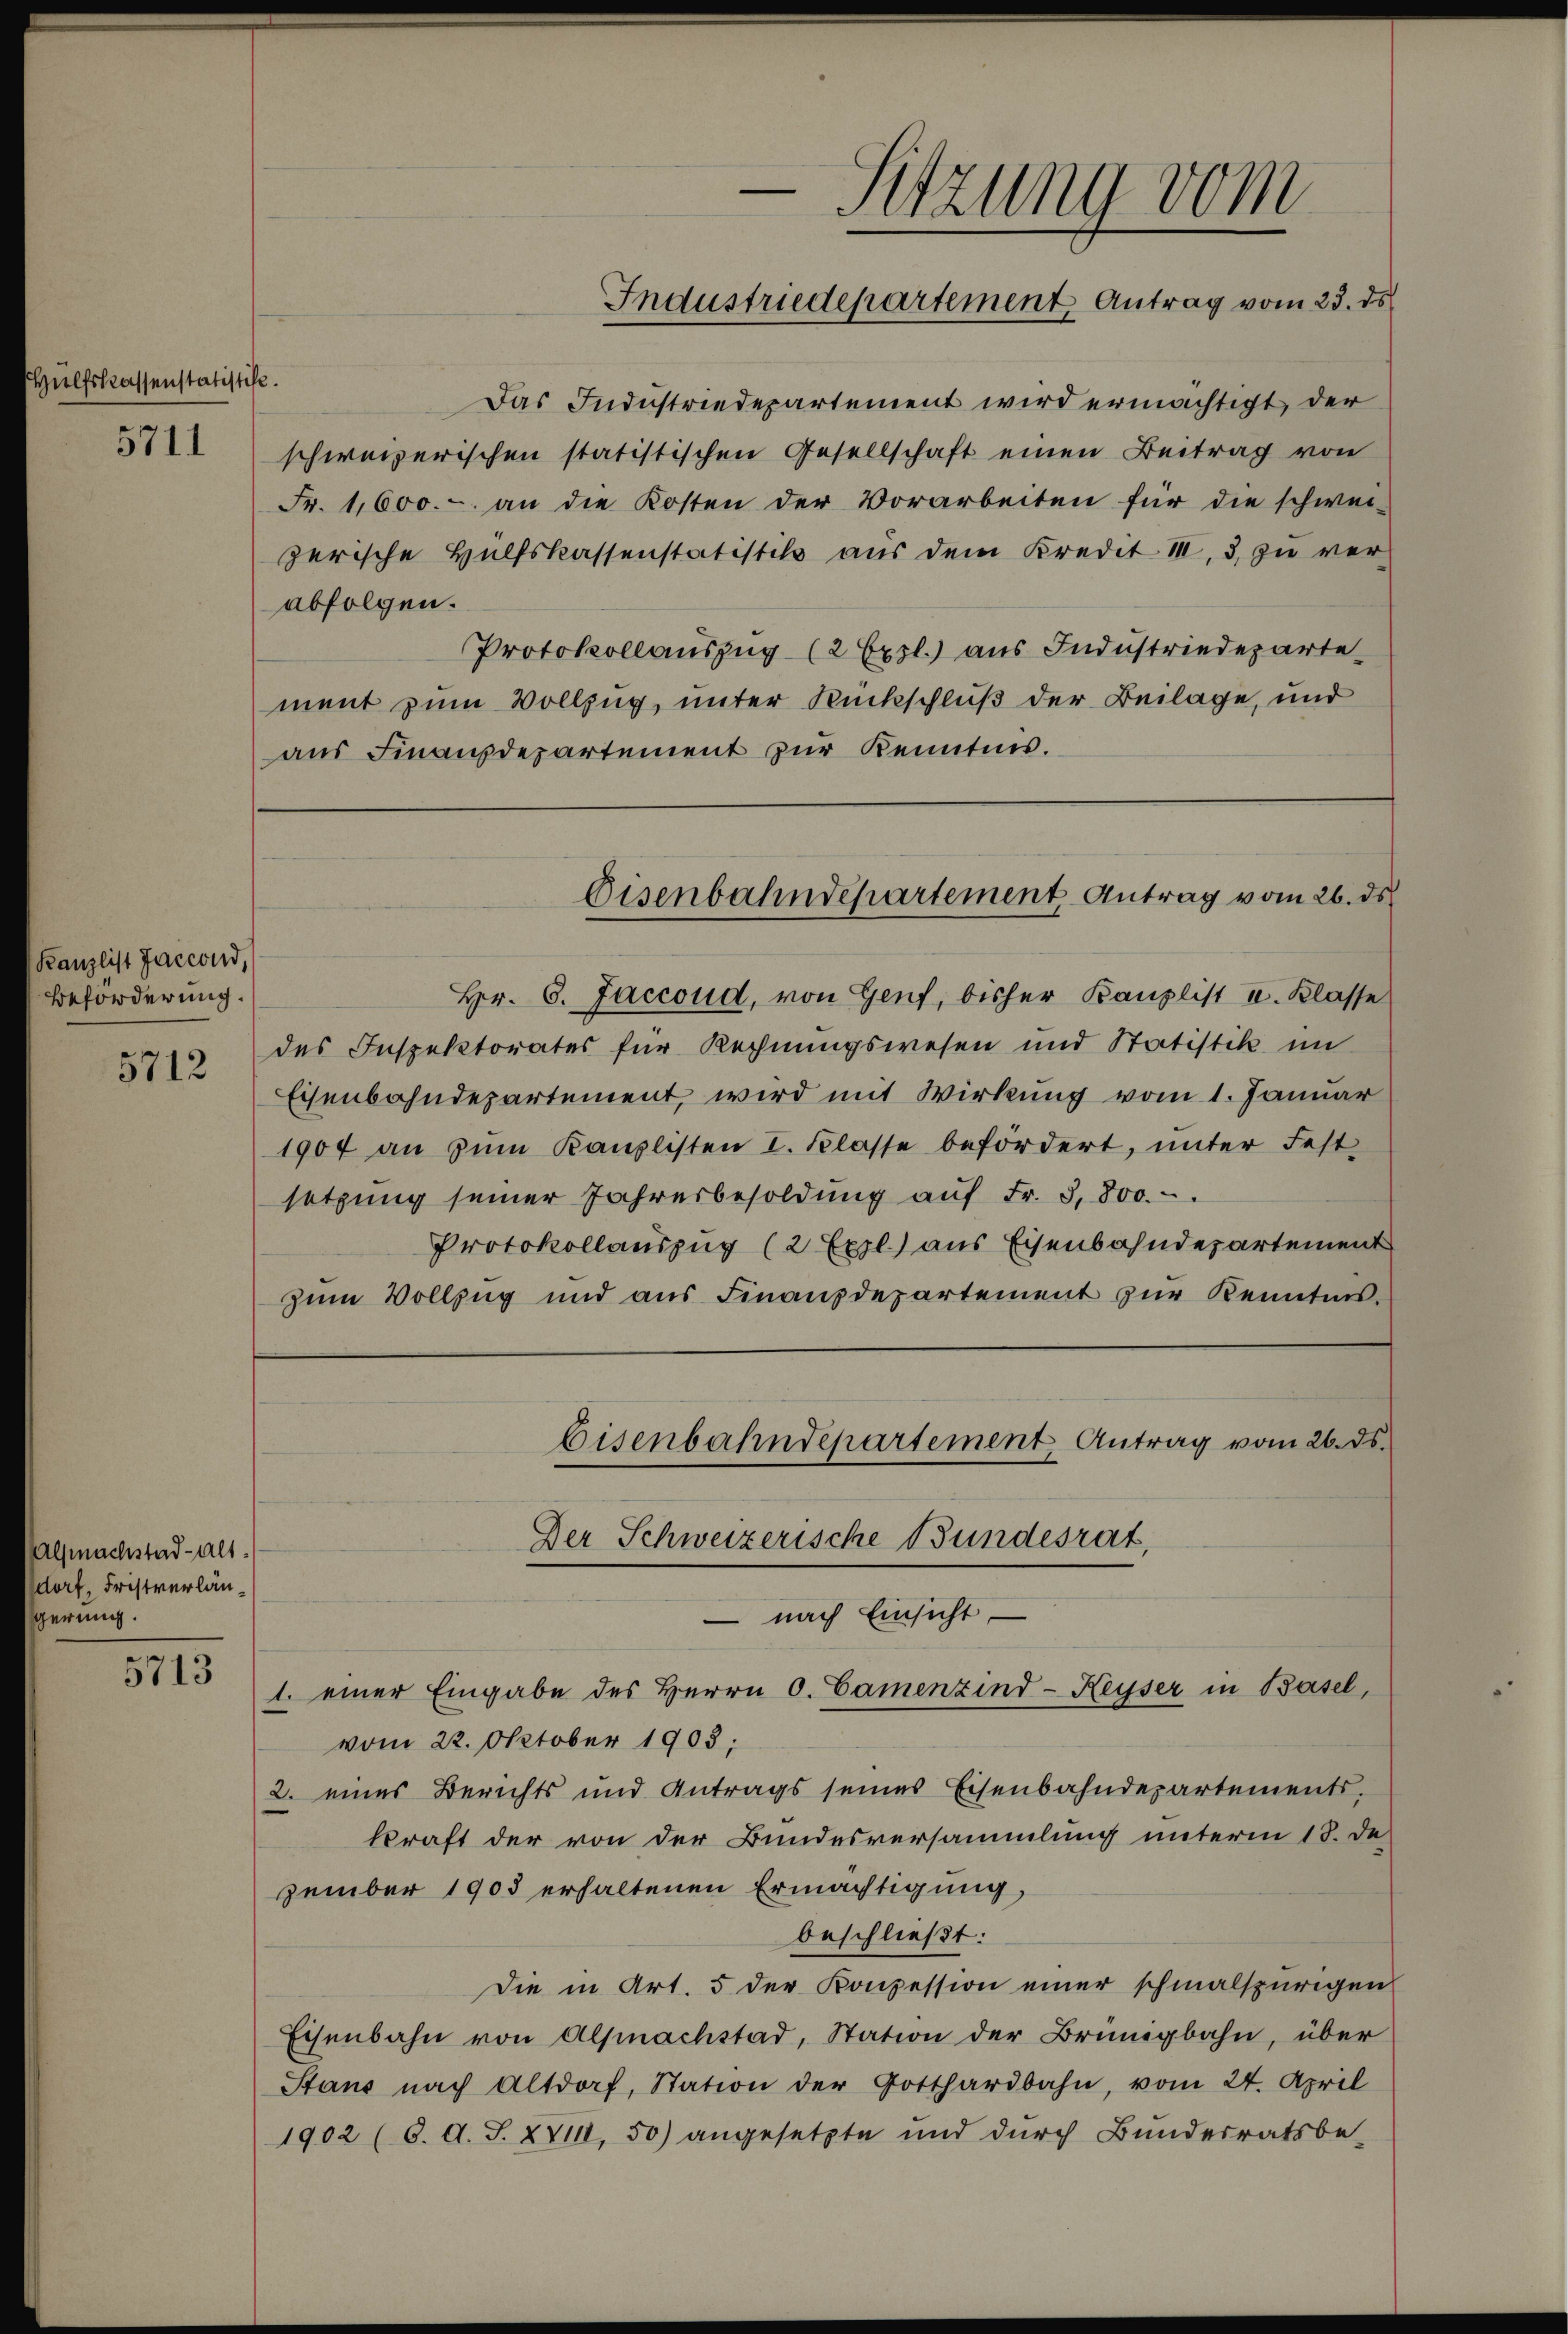
Hülfskassenstatistik.

5711

Kanzlist Jaccond,
Beförderung.
5712

Allmachstad-alt.
dorf, Fristverlängerung.
5713

Das Industriedepartement wird ermächtigt, der
schweizerischen statistischen Gesellschaft einen Beitrag von
Fr. 1,600.- an die Kosten der Vorarbeiten für die schwei-
zerische Hülfskassenstatistik aus dem Kredit III, 3, zu verabfolgen.
Protokollauszug (2 Expl.) aus Industriedepartement zum Vollzug, unter Rückschluß der Beilage, und
aus Finanzdepartement zur Kenntnis.

e
Sitzung vom
Industriedepartement Antrag vom 23. ds.

Eisenbahndepartement Antrag vom 26. ds.

Hr. 6. Jaccoud, von Genf, bisher Kanzlist u. Klasse
des Inspektorates für Rechnungswesen und Statistik im
Eisenbahndepartement, wird mit Wirkung vom 1. Januar
1904 an zum Kamplisten I. Klasse befördert, unter Fest-
setzung seiner Jahresbesoldŭng aŭf Fr. 3,800.
Protokollauszug (2 Expl.) aus Eisenbahndepartement
zum Vollzug und aus Finanzdepartement zur Kenntnisnach Einsicht
1. einer Eingabe des Herrn O. Camenzind-Reyser in Basel,
vom 22. Oktober 1903;
2. eines Berichts und Antrags seines Eisenbahndepartements.
kraft der von der Bundesversammlung unterm 18. de
zember 1903 erhaltenen Ermächtigung,
beschließt:
Die in Art. 5 der Konzession einer schmalspurigen
Eisenbahn von Alpnachstad, Station der Brünigbahn, über
Stand nach Altdorf, Station der Gotthardbahn, vom 24. April
1902 (6. A. S. XVIII, 50) angesetzte und durch Bundesratsbe-

Eisenbahndepartement Antrag vom 26. ds.
Der Schweizerische Bundesrat,